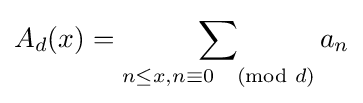
A_{d}(x)=\sum \limits _{n\leq x,n\equiv 0{\pmod {d}}}a_{n}